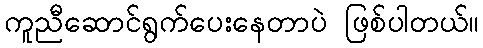
ကူညီဆောင်ရွက်ပေးနေတာပဲ ဖြစ်ပါတယ်။